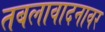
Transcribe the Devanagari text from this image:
तबलावादनावर